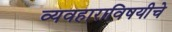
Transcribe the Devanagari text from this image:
व्यवहाराविषयीचे